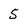
Character: 5